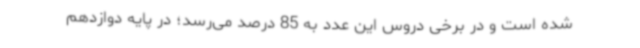
شده است و در برخی دروس این عدد به 85 درصد می‌رسد؛ در پایه دوازدهم